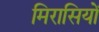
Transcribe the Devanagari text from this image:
मिरासियों